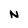
Character: N